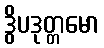
ဒွိပဒုတ္တမော